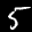
Label: 5